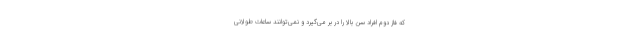
که فاز دوم افراد سن بالا را در بر می‌گیرد و نمی‌توانند ساعات طولانی